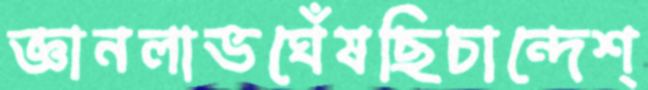
জ্ঞানলাভঘেঁষছিচান্দেশ্